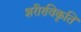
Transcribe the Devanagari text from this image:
शरीरविकृति